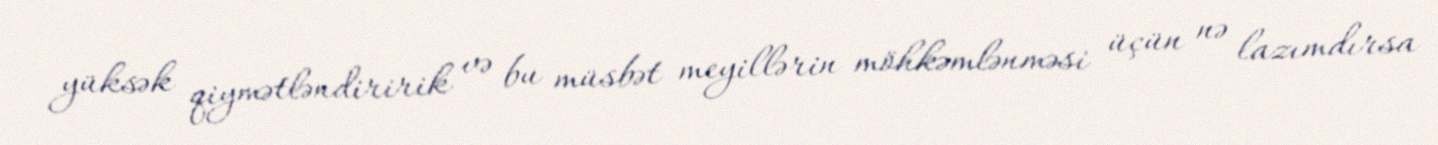
yüksək qiymətləndiririk və bu müsbət meyillərin möhkəmlənməsi üçün nə lazımdırsa